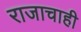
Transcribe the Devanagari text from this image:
राजाचाही